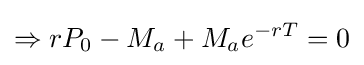
\Rightarrow rP_{0}-M_{a}+M_{a}e^{-rT}=0